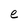
Character: e